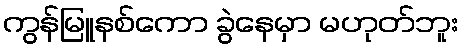
ကွန်မြူနစ်ကော ခွဲနေမှာ မဟုတ်ဘူး